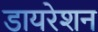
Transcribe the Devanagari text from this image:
डायरेशन